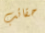
حقائب